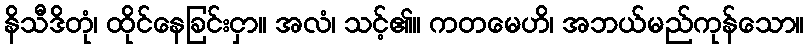
နိသီဒိတုံ၊ ထိုင်နေခြင်းငှာ။ အလံ၊ သင့်၏။ ကတမေဟိ၊ အဘယ်မည်ကုန်သော။